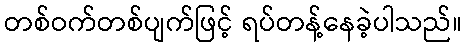
တစ်ဝက်တစ်ပျက်ဖြင့် ရပ်တန့်နေခဲ့ပါသည်။